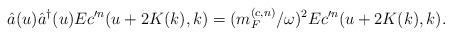
LaTeX: \begin{align*}\hat{a}(u)\hat{a}^{\dagger}(u)Ec^{\prime n}(u+2K(k),k)=(m_F^{(c,n)}/\omega)^2Ec^{\prime n}(u+2K(k),k).\end{align*}